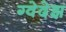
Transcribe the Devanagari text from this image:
ग्वेदेझ